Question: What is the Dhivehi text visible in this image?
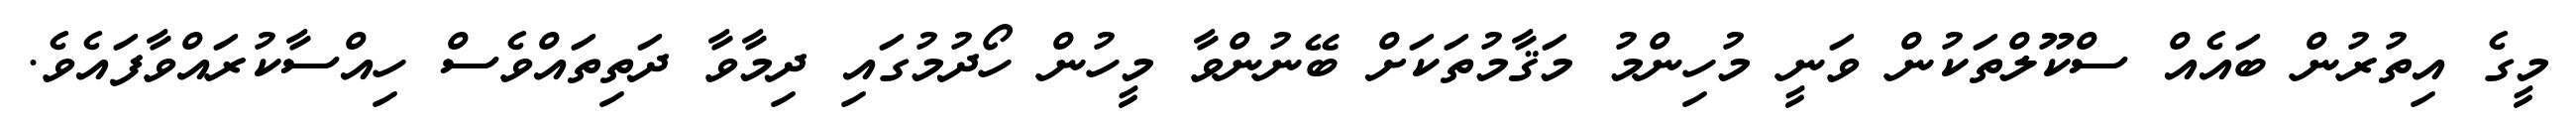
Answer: މީގެ އިތުރުން ބައެއް ސްކޫލްތަކުން ވަނީ މުހިންމު މަޤާމުތަކަށް ބޭނުންވާ މީހުން ހޯދުމުގައި ދިމާވާ ދަތިތައްވެސް ހިއްސާކުރައްވާފައެވެ.